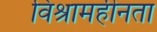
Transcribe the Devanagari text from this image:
विश्रामहीनता